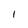
Character: I